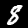
Digit: 8